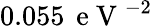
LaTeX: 0.055\, \mathrm{~e~V~}^{-2}